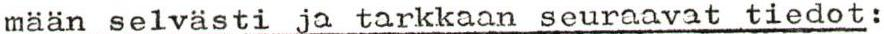
mään selvästi ja tarkkaan seuraavat tiedot: